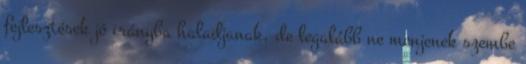
fejlesztések jó irányba haladjanak, de legalább ne menjenek szembe